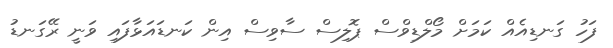
ފަހު ގަނޑިއެއް ކަމަށް މޯލްޑިވްސް ޕޮލިސް ސާވިސް އިން ކަނޑައަޅާފައި ވަނީ ރޭގަނޑު